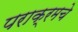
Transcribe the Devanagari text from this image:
पराक्रमचे